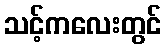
သင့်ကလေးတွင်